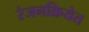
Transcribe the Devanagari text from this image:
रंजनक्रियेत